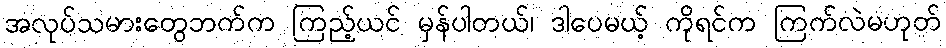
အလုပ်သမားတွေဘက်က ကြည့်ယင် မှန်ပါတယ်၊ ဒါပေမယ့် ကိုရင်က ကြက်လဲမဟုတ်